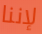
لإننا